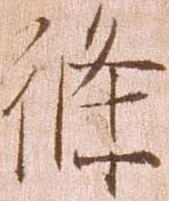
条